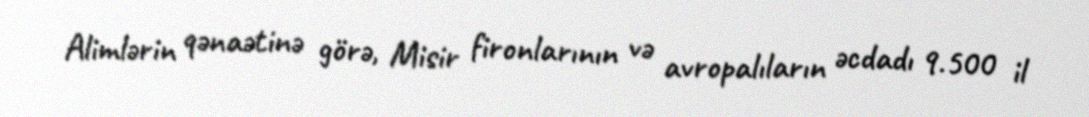
Alimlərin qənaətinə görə, Misir fironlarının və avropalıların əcdadı 9.500 il